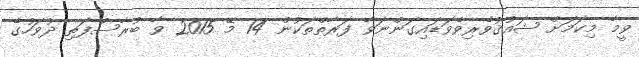
ވީމާ މިކަމަށް ޝައުޤުވެރިވެވަޑައިގަންނަވާ ފަރާތްތަކުން 14 މޭ 2015 ވާ ބުރާސްފަތި ދުވަހުގެ